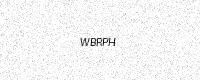
Text: WBRPH